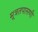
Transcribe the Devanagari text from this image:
मूत्रतपासणी